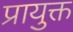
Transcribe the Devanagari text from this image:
प्रायुक्त